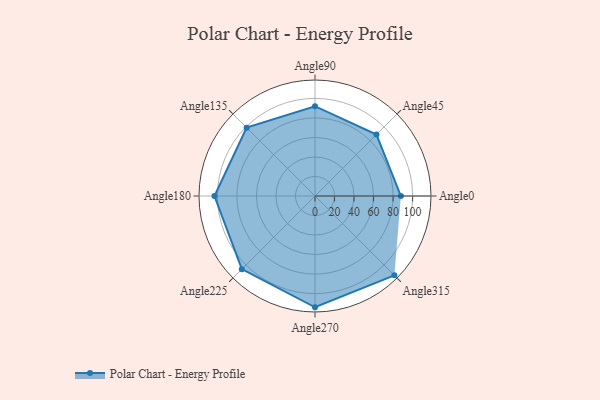
{"axis": {"x": "Angle", "y": "Radius"}, "legend": [""], "data": [{"x": "Angle0", "y": 88.0, "type": ""}, {"x": "Angle45", "y": 89.0, "type": ""}, {"x": "Angle90", "y": 92.0, "type": ""}, {"x": "Angle135", "y": 99.0, "type": ""}, {"x": "Angle180", "y": 103.0, "type": ""}, {"x": "Angle225", "y": 106.0, "type": ""}, {"x": "Angle270", "y": 114.0, "type": ""}, {"x": "Angle315", "y": 115.0, "type": ""}]}